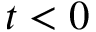
t < 0